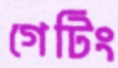
গেটিং